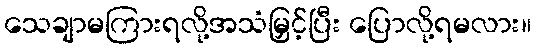
သေချာမကြားရလို့အသံမြှင့်ပြီး ပြောလို့ရမလား။